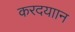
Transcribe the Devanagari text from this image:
करदयाान